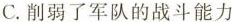
C.削弱了军队的战斗能力